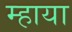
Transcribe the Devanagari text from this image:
म्हाया